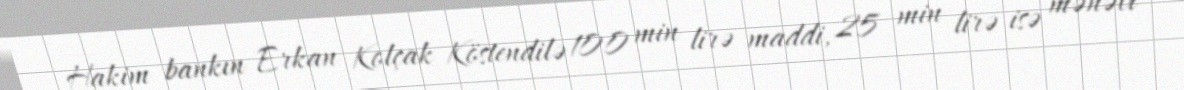
Hakim bankın Erkan Kolçak Köstendilə 100 min lirə maddi, 25 min lirə isə mənəvi